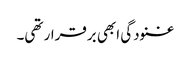
غنودگی ابھی برقرار تھی۔